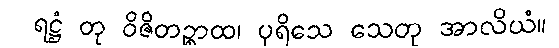
ရဋ္ဌံ တု ဝိဇိတဉ္စာထ၊ ပုရိသေ သေတု အာလိယံ။